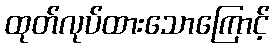
ထုတ်လုပ်ထားသောကြောင့်